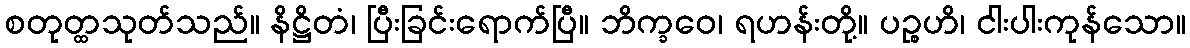
စတုတ္ထသုတ်သည်။ နိဋ္ဌိတံ၊ ပြီးခြင်းရောက်ပြီ။ ဘိက္ခဝေ၊ ရဟန်းတို့။ ပဉ္စဟိ၊ ငါးပါးကုန်သော။